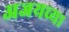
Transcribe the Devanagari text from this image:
अजयच्या